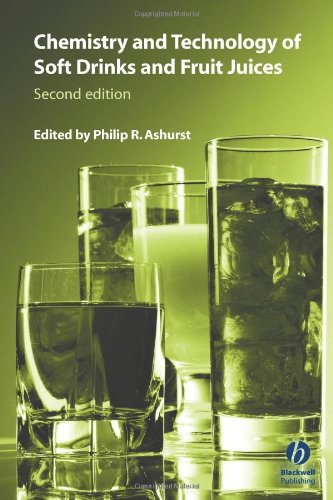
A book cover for Chemistry and Technology of Soft Drinks and Fruit Juices; Cookbooks, Food & Wine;